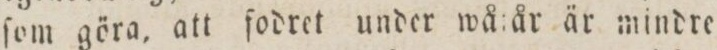
ſom göra, att fodret under wå: år är mindre